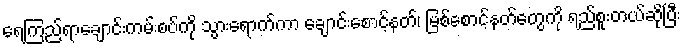
ရေကြည်ရာချောင်းကမ်းစပ်ကို သွားရောက်ကာ ချောင်းစောင့်နတ်၊ မြစ်စောင့်နတ်တွေကို ရည်စူးတယ်ဆိုပြီး